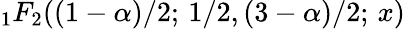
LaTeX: {}_{1}F_{2}((1-\alpha)/2;\, 1/2,(3-\alpha)/2;\, x)